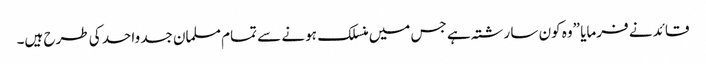
قائد نے فرمایا ”وہ کون سا رشتہ ہے جس میں منسلک ہونے سے تمام مسلمان جسد واحد کی طرح ہیں۔